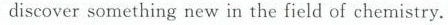
discover something new in the field of chemistry.